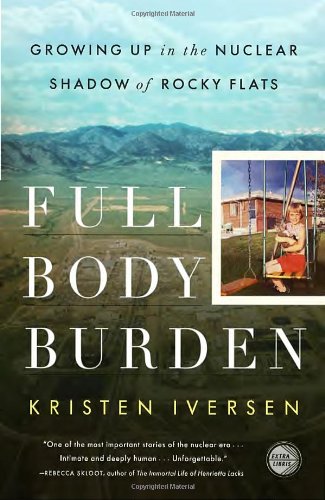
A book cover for Full Body Burden: Growing Up in the Nuclear Shadow of Rocky Flats; Kristen Iversen; Science & Math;